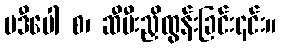
ပဒီပေါ စ၊ ဆီမီးညှိထွန်းခြင်း၎င်း။